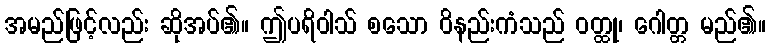
အမည်ဖြင့်လည်း ဆိုအပ်၏။ ဤပရိဝါသ် စသော ဝိနည်းကံသည် ဝတ္ထု၊ ဂေါတ္တ မည်၏။